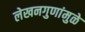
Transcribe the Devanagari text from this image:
लेखनगुणांमुळे